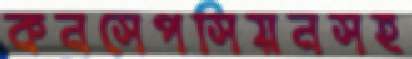
কনসেপসিয়নসহ